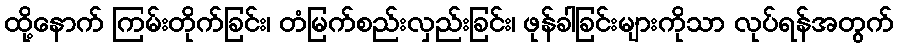
ထို့နောက် ကြမ်းတိုက်ခြင်း၊ တံမြက်စည်းလှည်းခြင်း၊ ဖုန်ခါခြင်းများကိုသာ လုပ်ရန်အတွက်